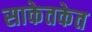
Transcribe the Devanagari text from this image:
साकेतकेत